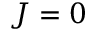
J = 0